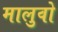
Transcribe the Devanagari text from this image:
मालुवो